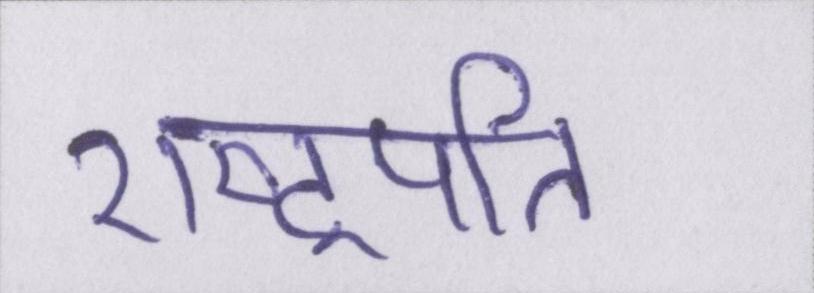
राष्ट्रपति